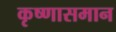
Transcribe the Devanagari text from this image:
कृष्णासमान